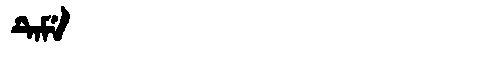
Manchu: ᡨᡝᠮᡝ
Romanization: TEME